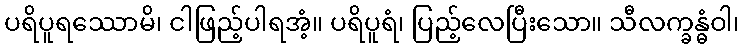
ပရိပူရဿောမိ၊ ငါဖြည့်ပါရအံ့။ ပရိပူရံ၊ ပြည့်လေပြီးသော။ သီလက္ခန္ဓံဝါ၊